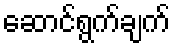
ဆောင်ရွက်ချက်